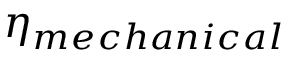
\eta _ { m e c h a n i c a l }